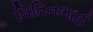
નિતિનભાઈ